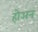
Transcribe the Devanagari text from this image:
होअन